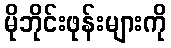
မိုဘိုင်းဖုန်းများကို